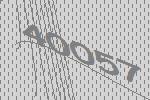
40057